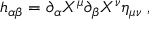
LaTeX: h _ { \alpha \beta } = \partial _ { \alpha } X ^ { \mu } \partial _ { \beta } X ^ { \nu } \eta _ { \mu \nu } \; ,